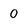
Character: 0